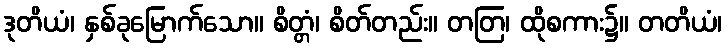
ဒုတိယံ၊ နှစ်ခုမြောက်သော။ စိတ္တံ၊ စိတ်တည်း။ တတြ၊ ထိုစကား၌။ တတိယံ၊